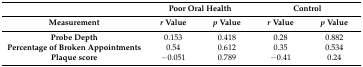
|  | <COLSPAN=2> Poor Oral Health | <COLSPAN=2> Control |
 | Measurement | r Value | p Value | r Value | p Value |
 | --- | --- | --- | --- | --- |
 | Probe Depth | 0.153 | 0.418 | 0.28 | 0.882 |
 | Percentage of Broken Appointments | 0.54 | 0.612 | 0.35 | 0.534 |
 | Plaque score | −0.051 | 0.789 | −0.41 | 0.24 |